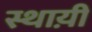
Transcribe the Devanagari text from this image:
स्थाय़ी